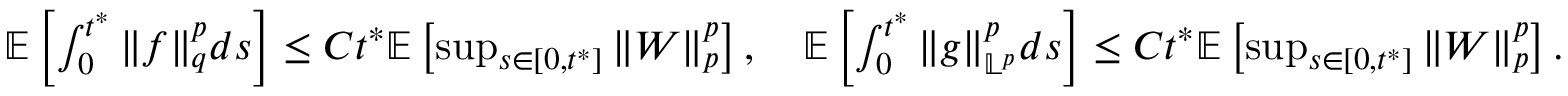
\begin{array} { r } { \mathbb E \left[ \int _ { 0 } ^ { t ^ { * } } \| f \| _ { q } ^ { p } d s \right] \leq C t ^ { * } \mathbb E \left[ \operatorname* { s u p } _ { s \in [ 0 , t ^ { * } ] } \| W \| _ { p } ^ { p } \right] , \quad \mathbb E \left[ \int _ { 0 } ^ { t ^ { * } } \| g \| _ { \mathbb L ^ { p } } ^ { p } d s \right] \leq C t ^ { * } \mathbb E \left[ \operatorname* { s u p } _ { s \in [ 0 , t ^ { * } ] } \| W \| _ { p } ^ { p } \right] . } \end{array}